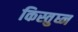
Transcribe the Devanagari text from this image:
किस्तुघ्न